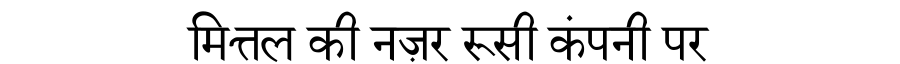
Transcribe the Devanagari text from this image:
मित्तल की नज़र रूसी कंपनी पर